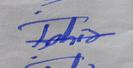
Signature authenticity: forged